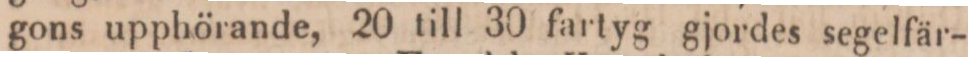
gons upphörande, 20 till 30 fartyg gjordes segelfär-